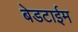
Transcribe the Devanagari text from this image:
बेडटाईम